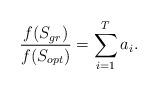
LaTeX: \begin{align*}\frac{f(S_{gr})}{f(S_{opt})}=\sum_{i=1}^T a_i.\end{align*}